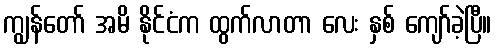
ကျွန်တော် အမိ နိုင်ငံက ထွက်လာတာ လေး နှစ် ကျော်ခဲ့ပြီ။